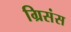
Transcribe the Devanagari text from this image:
ग्रिसंस